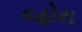
વહોરા